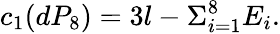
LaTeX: c_{1}(dP_{8})=3l-\Sigma_{i=1}^{8}E_{i}.